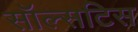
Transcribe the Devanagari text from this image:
सॉल्सटिस